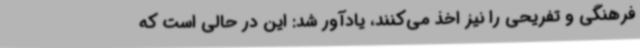
فرهنگی و تفریحی را نیز اخذ می‌کنند، یادآور شد: این در حالی است که